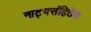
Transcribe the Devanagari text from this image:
नाट्यसंहितेत